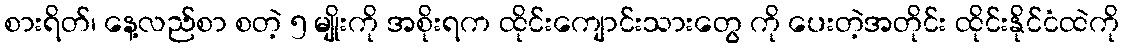
စားရိတ်၊ နေ့လည်စာ စတဲ့ ၅ မျိုးကို အစိုးရက ထိုင်းကျောင်းသားတွေ ကို ပေးတဲ့အတိုင်း ထိုင်းနိုင်ငံထဲကို